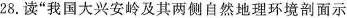
28.读”我国大兴安岭及其两侧自然地理环境剖面示